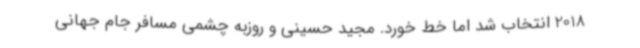
2018 انتخاب شد اما خط خورد. مجید حسینی و روزبه چشمی مسافر جام‌ جهانی